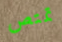
تمتص